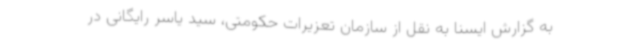
به گزارش ایسنا به نقل از سازمان تعزیرات حکومتی، سید یاسر رایگانی در